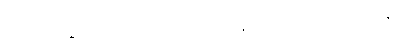
လောက၌။ ရဟော၊ ဆိတ်ကွယ်ရာကို။ ဝိစိနိတွာ၊ စူးစမ်း၍။ အပဿန္တီ၊